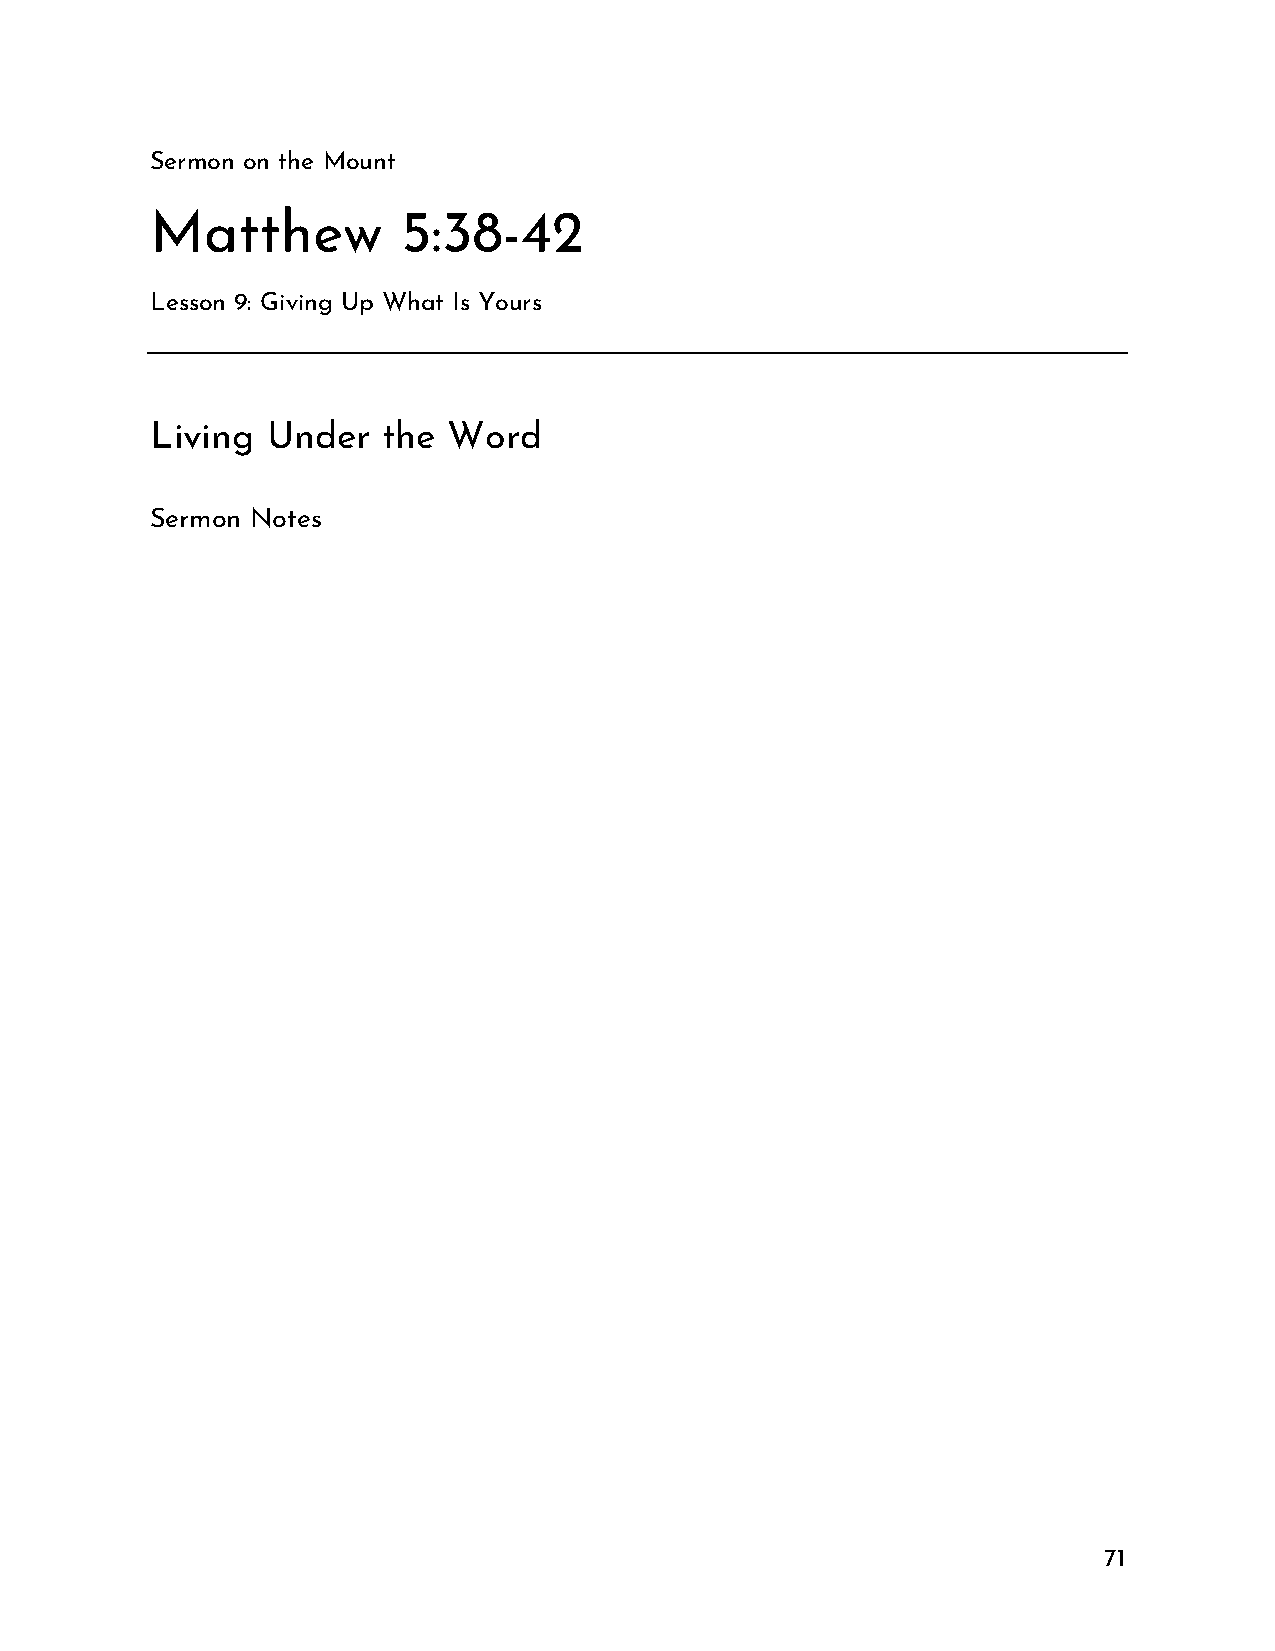
Sermon on the Mount
 Matthew          5:38-42
 Lesson 9: Giving Up What Is Yours
 Living  Under  the  Word
 Sermon Notes
 71